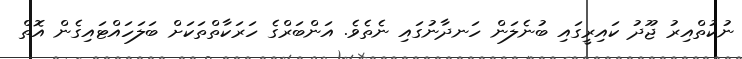
ނުކުތްއިރު ޖޫދު ކައިރީގައި ބުނެލަން ހަނދާނުގައި ނެތެވެ. އަންބަރްގެ ހަރަކާތްތަކަށް ބަލަހައްޓައިގެން އޮތް